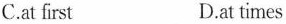
C.at first D.at times